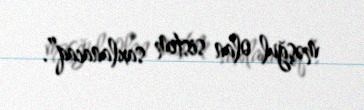
məşğul olan sistem saxlanacaq”.